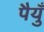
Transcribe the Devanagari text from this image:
पैयुँ